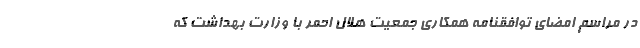
در مراسم امضای توافقنامه همکاری جمعیت هلال احمر با وزارت بهداشت که